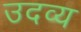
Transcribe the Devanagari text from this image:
उदव्य